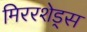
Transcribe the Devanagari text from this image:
मिररशेड्स